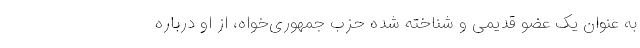
به عنوان یک عضو قدیمی و شناخته شده حزب جمهوری‌خواه، از او درباره